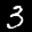
Label: 3